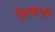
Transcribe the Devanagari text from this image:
शिवाणी